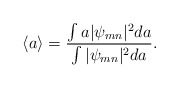
\begin{align*}\langle a\rangle=\frac{\int a |\psi_{mn}|^2 da}{\int|\psi_{mn}|^2 da}.\end{align*}